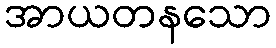
အာယတနသော